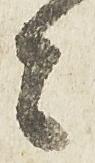
者